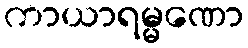
ကာယာရမ္မဏော